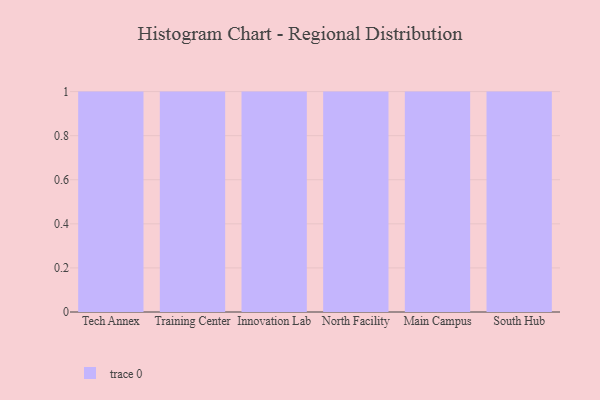
{"axis": {"x": "Campus", "y": "Production Output"}, "legend": [""], "data": [{"x": "Tech Annex", "y": 64, "type": ""}, {"x": "Training Center", "y": 61, "type": ""}, {"x": "Innovation Lab", "y": 44, "type": ""}, {"x": "North Facility", "y": 59, "type": ""}, {"x": "Main Campus", "y": 10, "type": ""}, {"x": "South Hub", "y": 62, "type": ""}]}